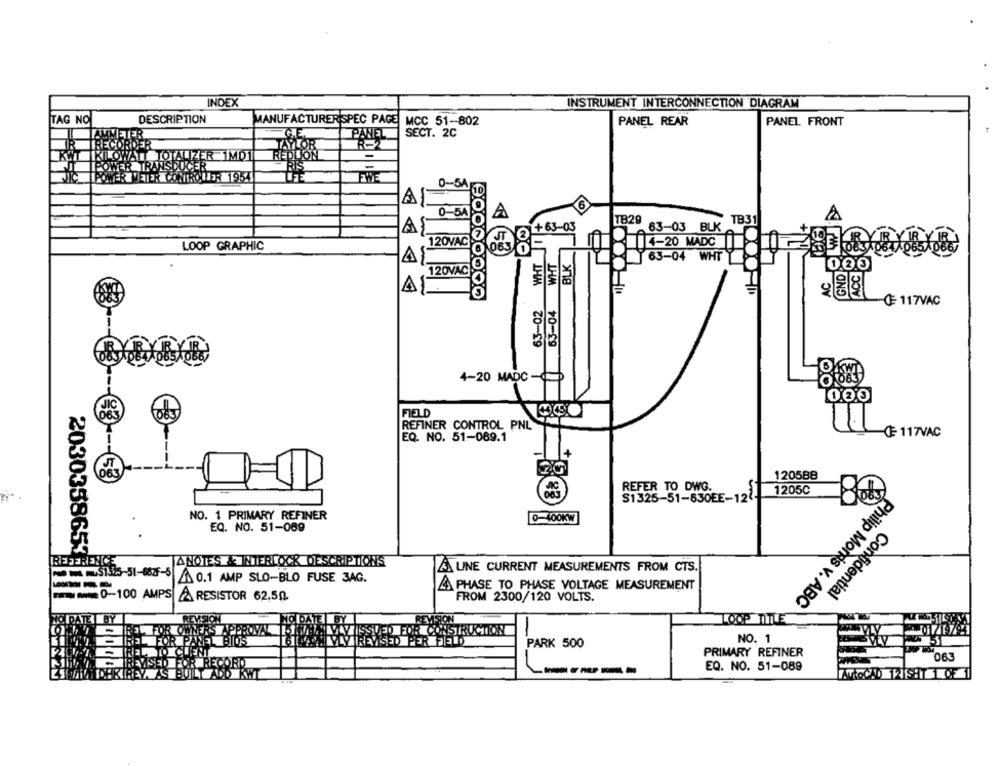
INDEX
INSTRUMENT INTERCONNECTION DIAGRAM
TAG NO
DESCRIPTION
MANUFACTURERSPEC PAGE MCC 51-802
PANEL REAR
PANEL FRONT
G.E
PANEL
SECT. 2C
UZER 1MDI
TRAI
SOCER
1954
0-54
6
0-5A
A
A
TB29
TB31
+63-03
83-03 BLK
WHT
120VAC
4-20 MADC
LOOP GRAPHIC
4
WHT
BLK
63-04 WHT
CC
120VAC
GNO
A
63-04
63-02
117VAC
33
4-20 MADC -
0.0.0
FIELD
REFINER CONTROL PNL
EQ. NO. 51-089.1
117VAC
1+
1205BB
REFER TO DWG.
1205C
S1325-51-830EE-122-
NO. 1 PRIMARY REFINER
0-100KW
EQ. NO. 51-089
2030358653
REFERENCE
JANOTES & INTERLOCK DESCRIPTION'S
~~~ $1325-51-682F-5
UNE CURRENT MEASUREMENTS FROM CTS.
0.1 AMP SLO-BLO FUSE 3AG.
PHASE TO PHASE VOLTAGE MEASUREMENT
Confidential
-- 0-100 AMPS RESISTOR 62.5
FROM 2300/120 VOLTS.
Philip Morris v. ABC
REM
LOOP TITLE
FOR OWNER'S APPROVAL
CONSTRUC
FOR PANEL BIOS
ER FIELD
PARK 500
NO. 1
IEL TO CUENT
PRIMARY REFINER
063
SED FOR RECORD
EQ. NO. 51-089
ADD KWI
ATROCAD 12ISHT
OF